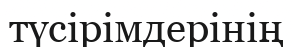
түсірімдерінің